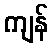
ကျန်